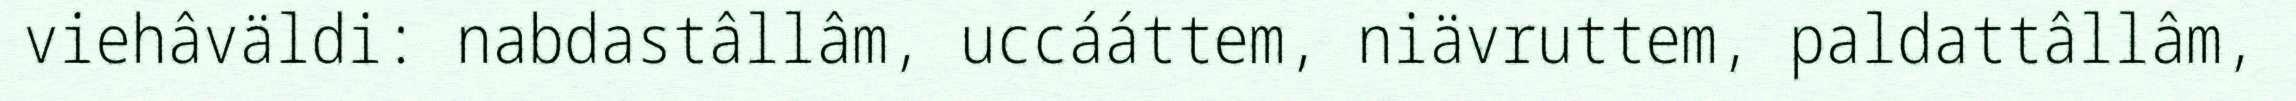
viehâväldi: nabdastâllâm, uccááttem, niävruttem, paldattâllâm,